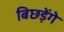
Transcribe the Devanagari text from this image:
बिछड़ेंगे